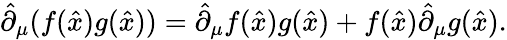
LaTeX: \hat{\partial}_{\mu}(f(\hat{x})g(\hat{x}))=\hat{\partial}_{\mu}f(\hat{x})g(\hat{x})+f(\hat{x})\hat{\partial}_{\mu}g(\hat{x}).